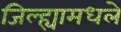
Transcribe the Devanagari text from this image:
जिल्ह्यामधले